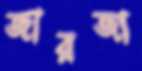
জারজা